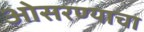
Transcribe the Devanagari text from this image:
ओसरण्याचा